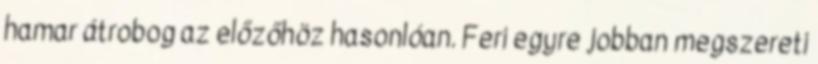
hamar átrobog az előzőhöz hasonlóan. Feri egyre jobban megszereti